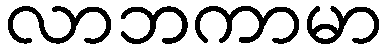
လာဘကာမာ